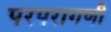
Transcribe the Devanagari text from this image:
परपरागणी